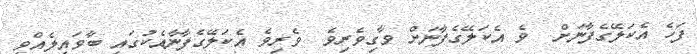
ފަހެ އެކަލޭގެފާނަށް  ވެ އެކަލޭގެފާނަށް ވާގިވެރިވެ  ވެރިވެ އެކަލޭގެފާނާއެކުގައި ބާވައިލެއްވި